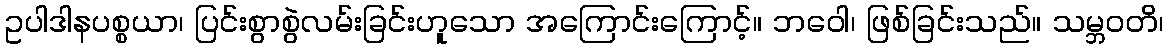
ဥပါဒါနပစ္စယာ၊ ပြင်းစွာစွဲလမ်းခြင်းဟူသော အကြောင်းကြောင့်။ ဘဝေါ၊ ဖြစ်ခြင်းသည်။ သမ္ဘဝတိ၊